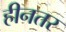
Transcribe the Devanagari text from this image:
हीनतर